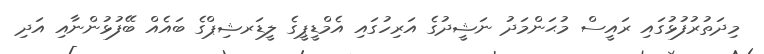
މިދަތުރުފުޅުގައި ރައީސް މުޙަންމަދު ނަޝީދުގެ އަރިހުގައި އެމްޑީޕީގެ ލީޑަރޝިޕްގެ ބައެއް ބޭފުޅުންނާއި އަދި